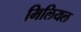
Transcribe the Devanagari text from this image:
मिलियल